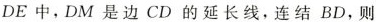
DE中，DM是边CD的延长线，连结BD，则